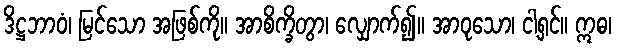
ဒိဋ္ဌဘာဝံ၊ မြင်သော အဖြစ်ကို။ အာစိက္ခိတွာ၊ လျှောက်၍။ အာဝုသော၊ ငါ့ရှင်။ ဣဓ၊